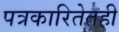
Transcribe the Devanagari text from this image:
पत्रकारितेतही